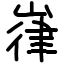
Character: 嵂